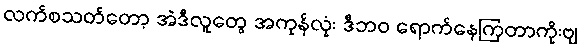
လက်စသတ်တော့ အဲဒီလူတွေ အကုန်လုံး ဒီဘဝ ရောက်နေကြတာကိုးဗျ